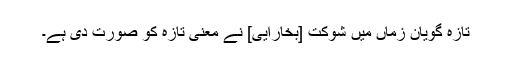
تازہ گویانِ زماں میں شوکت [بُخارایی] نے معنیِ تازہ کو صُورت دی ہے۔